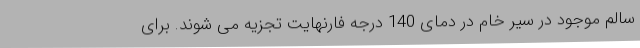
سالم موجود در سیر خام در دمای 140 درجه فارنهایت تجزیه می شوند. برای